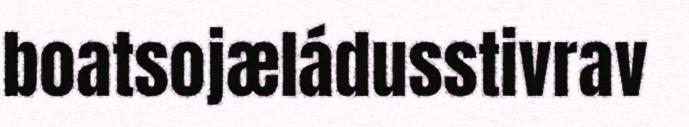
boatsojæládusstivrav